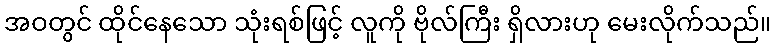
အဝတွင် ထိုင်နေသော သုံးရစ်ဖြင့် လူကို ဗိုလ်ကြီး ရှိလားဟု မေးလိုက်သည်။